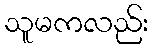
သူမကလည်း